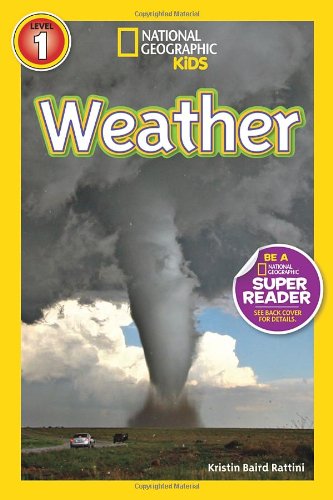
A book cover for National Geographic Readers: Weather; Kristin Baird Rattini; Children's Books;